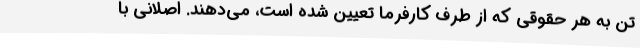
تن به هر حقوقی که از طرف کارفرما تعیین شده است، می‌دهند. اصلانی با